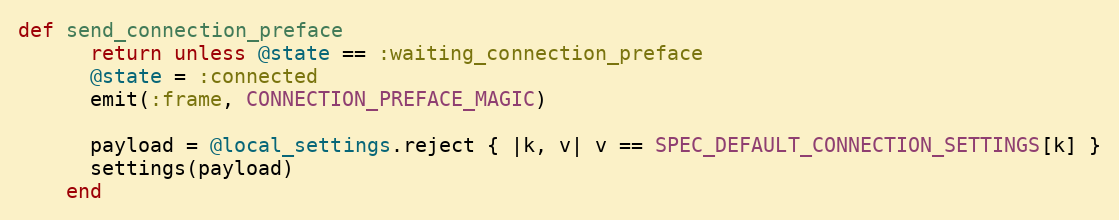
Language: Ruby
def send_connection_preface
      return unless @state == :waiting_connection_preface
      @state = :connected
      emit(:frame, CONNECTION_PREFACE_MAGIC)

      payload = @local_settings.reject { |k, v| v == SPEC_DEFAULT_CONNECTION_SETTINGS[k] }
      settings(payload)
    end